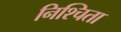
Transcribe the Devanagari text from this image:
निश्चिता